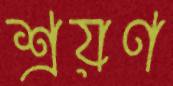
শ্রয়ণ